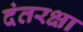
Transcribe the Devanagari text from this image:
दंतरक्षा